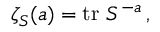
\zeta _ { S } ( a ) = \operatorname { t r } \, S ^ { - a } \, ,